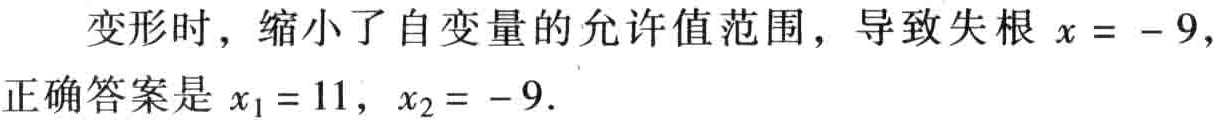
变形时，缩小了自变量的允许值范围，导致失根 \(x = - 9\)，正确答案是 \(x_1 = 11,\ x_2 = - 9\).